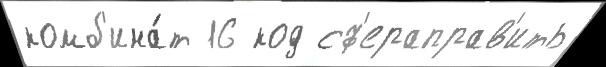
комб'ина́т 16 код сф'ераправ'ить